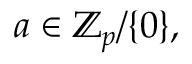
a \in \mathbb { Z } _ { p } / \{ 0 \} ,